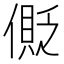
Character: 𠍥